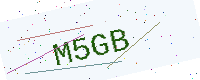
Text: M5GB